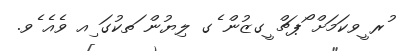
ުރ ީވކަމަށް ޯޕޗް ީގޒުން ެގ ލިޔުން ަތކުގަ ިއ ވެއެ ެވ.